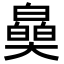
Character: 𤾪